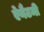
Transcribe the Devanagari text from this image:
ऐनैटमी